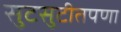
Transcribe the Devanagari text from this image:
सुटसुटीतपणा